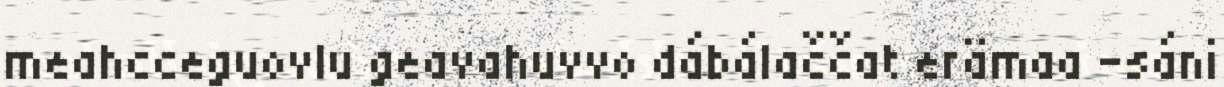
meahcceguovlu geavahuvvo dábálaččat erämaa -sáni